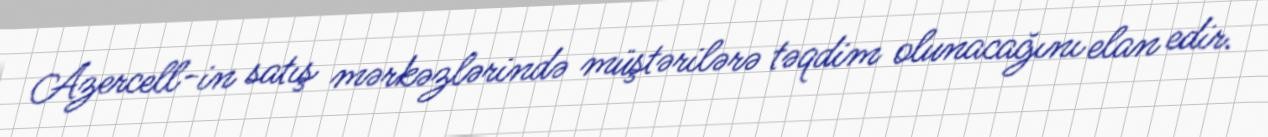
Azercell-in satış mərkəzlərində müştərilərə təqdim olunacağını elan edir.